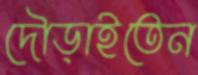
দৌড়াইতেন